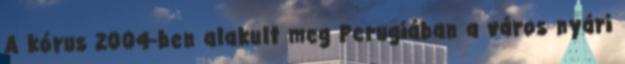
A kórus 2004-ben alakult meg Perugiában a város nyári